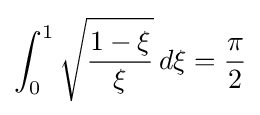
\int _{0}^{1}{\sqrt {\frac {1-\xi }{\xi }}}\,d\xi ={\frac {\pi }{2}}